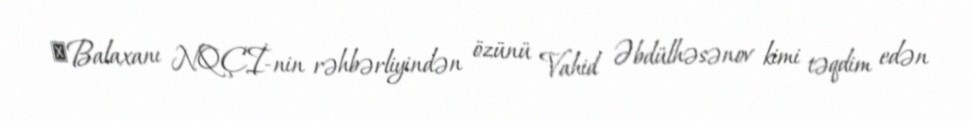
​Balaxanı NQÇİ-nin rəhbərliyindən özünü Vahid Əbdülhəsənov kimi təqdim edən